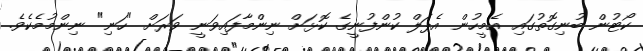
ކޯޓުން ބުނިގޮތުގައި އެމީހުން އެޕަލް ކުންފުނީގެ ކޮޅަށް ނިންމާފައިވަނީ ވަރަށް "ހަނި" ނިންމުމެކެވެ.